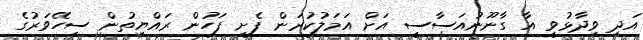
އަދި ވިދާޅުވީ އާ ގާނޫނުއަސާސީ އަށް އަމަލުކުރަން ފެށި ފަހުން ރައްޔިތުން ސިހޭވަރުގެ